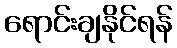
ရောင်းချနိုင်ရန်